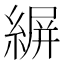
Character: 𦂤